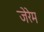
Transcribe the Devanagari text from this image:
जेरेम